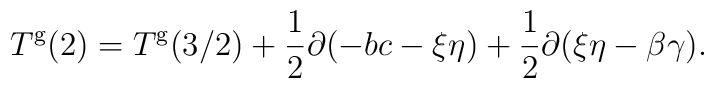
T^{\mathrm{g}}(2)=T^{\mathrm{g}}(3/2)+\frac{1}{2}\partial (-bc-\xi\eta) +\frac{1}{2}\partial (\xi\eta-\beta\gamma).